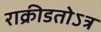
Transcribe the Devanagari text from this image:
राक्रीडतोऽत्र